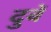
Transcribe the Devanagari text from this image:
दुबें